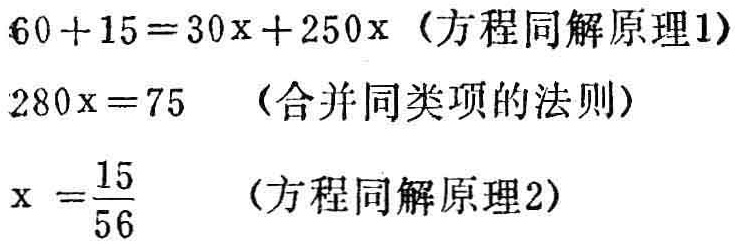
\[

\begin{align*}

60 + 15&=30x + 250x \quad (\text{方程同解原理}1)\\

280x&=75 \quad (\text{合并同类项的法则})\\

x&=\frac{15}{56} \quad (\text{方程同解原理}2)

\end{align*}

\]